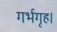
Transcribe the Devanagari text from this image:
गर्भगृह।